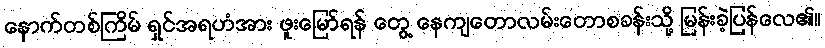
နောက်တစ်ကြိမ် ရှင်အရဟံအား ဖူးမြော်ရန် တွေ့ နေကျတောလမ်းတောစခန်းသို့ မြန်းခဲ့ပြန်လေ၏။